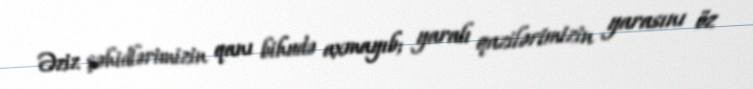
Əziz şəhidlərimizin qanı bihudə axmayıb; yaralı qazilərimizin yarasını öz